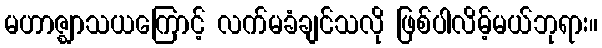
မဟာဇ္ဈာသယကြောင့် လက်မခံချင်သလို ဖြစ်ပါလိမ့်မယ်ဘုရား။